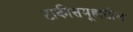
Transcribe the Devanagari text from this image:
टाकीसमूहातील